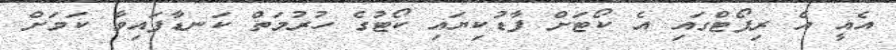
އެއީ އެ ރިޕޯޓްގައި އެ ކޯޓަށް ފާޑުކިޔައި ކޯޓުގެ ހުރުމަތް ކަނޑާފައިވާ ކަމަށް